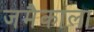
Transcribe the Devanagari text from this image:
जमैकाला